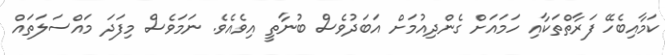
ކަމާއިބެހޭ ފަރާތްތަކާއި ހަމައަށް ގެންދިއުމަށް އަބަދުވެސް ބުނާތީ އިވެއެވެ. ނަމަވެސް މިފަދަ މައްސަލަތައް